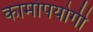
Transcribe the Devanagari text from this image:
कामोपयोगी